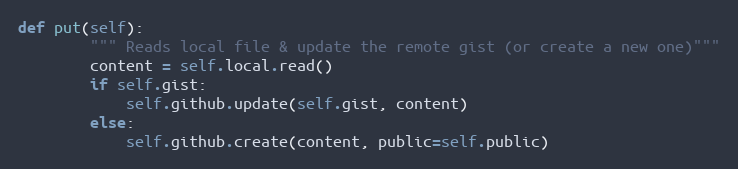
Language: Python
def put(self):
        """ Reads local file & update the remote gist (or create a new one)"""
        content = self.local.read()
        if self.gist:
            self.github.update(self.gist, content)
        else:
            self.github.create(content, public=self.public)